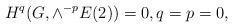
LaTeX: \begin{align*}H^q(G, \wedge^{-p} E(2))=0, q=p=0,\end{align*}